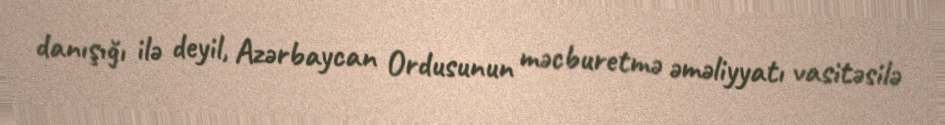
danışığı ilə deyil, Azərbaycan Ordusunun məcburetmə əməliyyatı vasitəsilə